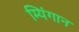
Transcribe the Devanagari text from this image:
म्यिंगान